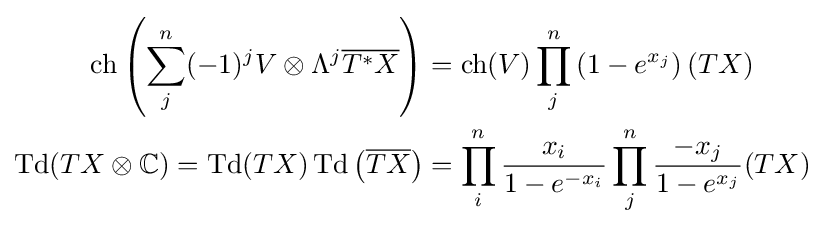
{\begin{aligned}\operatorname {ch} \left(\sum _{j}^{n}(-1)^{j}V\otimes \Lambda ^{j}{\overline {T^{*}X}}\right)&=\operatorname {ch} (V)\prod _{j}^{n}\left(1-e^{x_{j}}\right)(TX)\\\operatorname {Td} (TX\otimes \mathbb {C} )=\operatorname {Td} (TX)\operatorname {Td} \left({\overline {TX}}\right)&=\prod _{i}^{n}{\frac {x_{i}}{1-e^{-x_{i}}}}\prod _{j}^{n}{\frac {-x_{j}}{1-e^{x_{j}}}}(TX)\end{aligned}}